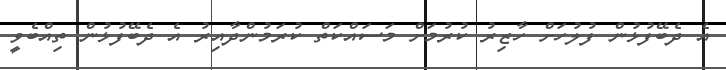
އެ ދެބޭފުޅުން ފުލުހަށް ހާޒިރު ކުރުމަށް މަސައްކަތް ކުރަމުންދާއިރު އެ ދެބޭފުޅުން ތިއްބެވީ